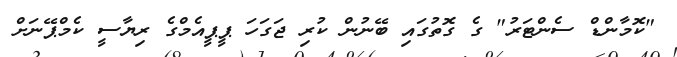
"ކޮމާންޑް ސެންޓަރު" ގެ ގޮތުގައި ބޭނުން ކުރި ޖަގަހަ ޕީޕީއެމްގެ ރިޔާސީ ކެމްޕޭނަށް